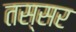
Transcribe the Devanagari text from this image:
तस्सर